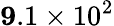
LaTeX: \mathbf 9.1\times 10^{2}